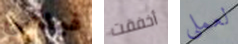
فيلمي أخفقت لعملي